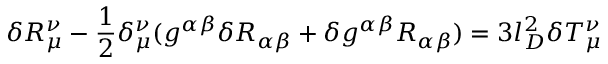
\delta R _ { \mu } ^ { \nu } - \frac { 1 } { 2 } \delta _ { \mu } ^ { \nu } ( g ^ { \alpha \beta } \delta R _ { \alpha \beta } + \delta g ^ { \alpha \beta } R _ { \alpha \beta } ) = 3 l _ { D } ^ { 2 } \delta T _ { \mu } ^ { \nu }